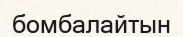
бомбалайтын